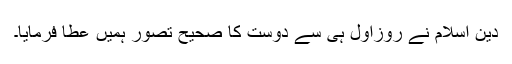
دین اسلام نے روزاول ہی سے دوست کا صحیح تصور ہمیں عطا فرمایا۔